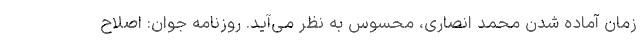
زمان آماده شدن محمد انصاری، محسوس به نظر می‌آید. روزنامه جوان: اصلاح